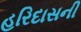
હરિદાસની